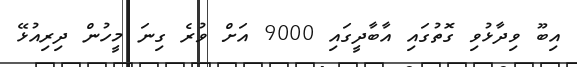
އިބޫ ވިދާޅުވި ގޮތުގައި އާބާދީގައި 9000 އަށް ވުރެ ގިނަ މީހުން ދިރިއުޅޭ